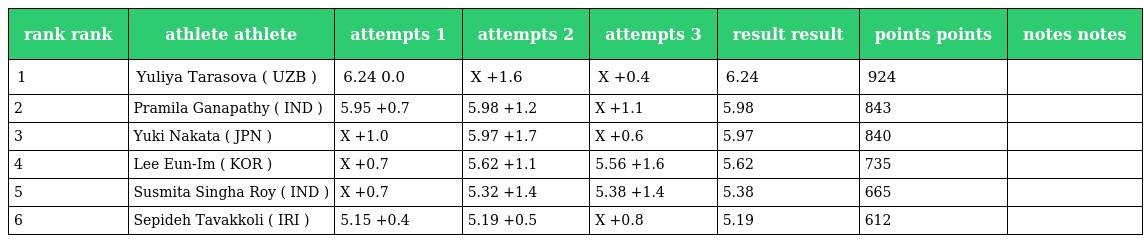
| rank rank | athlete athlete | attempts 1 | attempts 2 | attempts 3 | result result | points points | notes notes |
 | --- | --- | --- | --- | --- | --- | --- | --- |
 | 1 | Yuliya Tarasova ( UZB ) | 6.24 0.0 | X +1.6 | X +0.4 | 6.24 | 924 |  |
 | 2 | Pramila Ganapathy ( IND ) | 5.95 +0.7 | 5.98 +1.2 | X +1.1 | 5.98 | 843 |  |
 | 3 | Yuki Nakata ( JPN ) | X +1.0 | 5.97 +1.7 | X +0.6 | 5.97 | 840 |  |
 | 4 | Lee Eun-Im ( KOR ) | X +0.7 | 5.62 +1.1 | 5.56 +1.6 | 5.62 | 735 |  |
 | 5 | Susmita Singha Roy ( IND ) | X +0.7 | 5.32 +1.4 | 5.38 +1.4 | 5.38 | 665 |  |
 | 6 | Sepideh Tavakkoli ( IRI ) | 5.15 +0.4 | 5.19 +0.5 | X +0.8 | 5.19 | 612 |  |